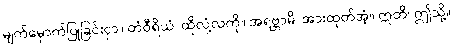
မျက်မှောက်ပြုခြင်းငှာ။ တံဝီရိယံ၊ ထိုလုံ့လကို။ အရဗ္ဘာမိ၊ အားထုတ်အံ့။ ဣတိ၊ ဤသို့။